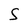
Character: S